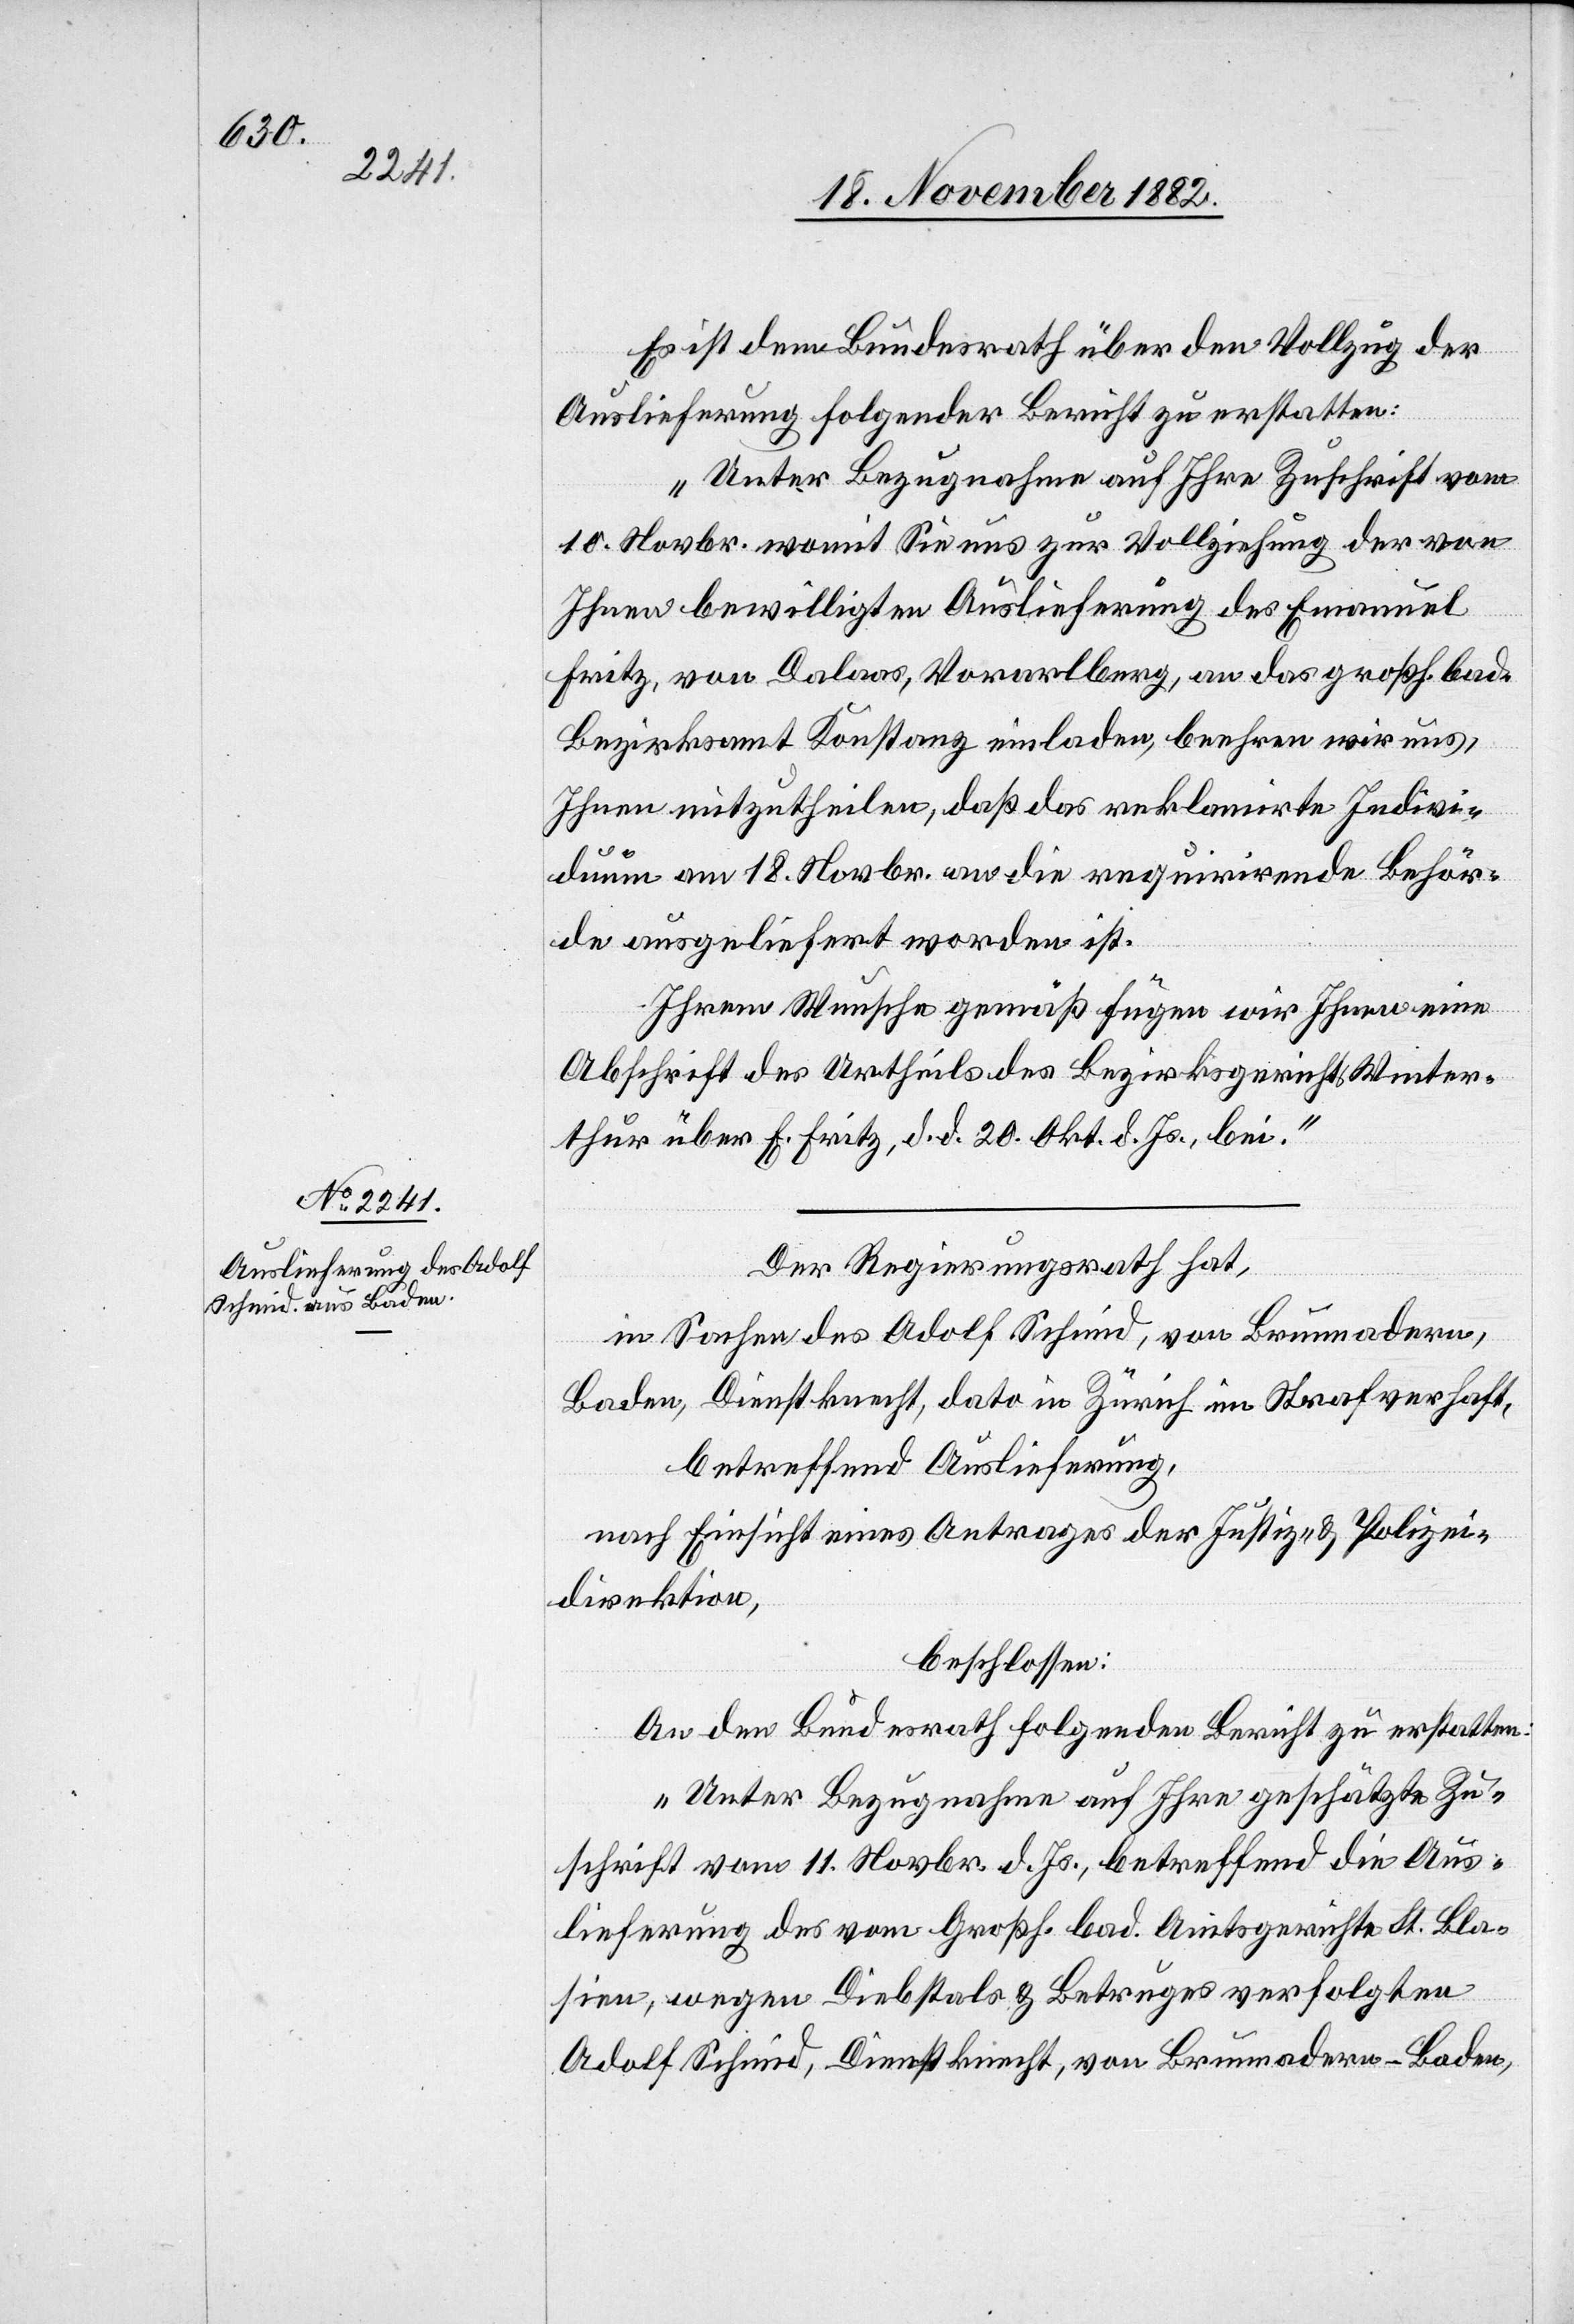
22. November 1882.]
Es ist dem Bundesrath über den Vollzug der
Auslieferung folgender Bericht zu erstatten:
„Unter Bezugnahme auf Ihre Zuschrift vom
10. Novbr. womit Sie uns zur Vollziehung der von
Ihnen bewilligten Auslieferung des Emanuel
Fritz, von Dalaas, Vorarlberg, an das großh. bad.
Bezirksamt Konstanz einladen, beehren wir uns,
Ihnen mitzutheilen, daß das reklamirte Indivi¬
duum am 18. Novbr. an die requirirende Behör¬
de ausgeliefert worden ist.
Ihrem Wunsche gemäß fügen wir Ihnen eine
Abschrift des Urtheils des Bezirksgerichts Winter¬
thur über E. Fritz, d. d. 20. Okt. d. Js., bei.“
Der Regierungsrath hat,
in Sachen des Adolf Schmid, von Brunnadern,
Baden, Dienstknecht, dato in Zürich im Strafverhaft,
betreffend Auslieferung,
nach Einsicht eines Antrages der Justiz- & Polizei¬
direktion,
beschlossen:
An den Bundesrath folgenden Bericht zu erstatten:
„Unter Bezugnahme auf Ihre geschätzte Zu¬
schrift vom 11. Novbr. d. Js., betreffend die Aus¬
lieferung des vom Großh. bad. Amtsgerichte St. Bla¬
sien, wegen Diebstals & Betruges verfolgten
Adolf Schmid, Dienstknecht, von Brunnadern - Baden,